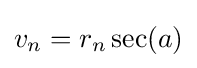
v_{n}=r_{n}\sec(a)